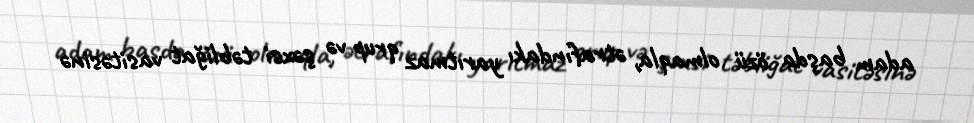
adam başda özü olmaqla, ətrafındakı yarıtmaz qrup və şəxsi təbliğat vasitəsinə